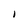
Character: I